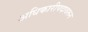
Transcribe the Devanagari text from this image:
अधिकारीपदावरून